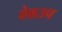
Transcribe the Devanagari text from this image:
वेकउप